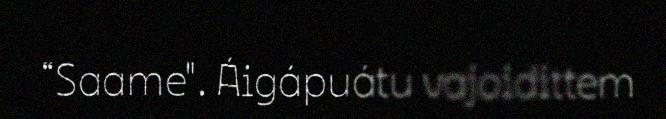
“Saame". Áigápuátu vajoidittem